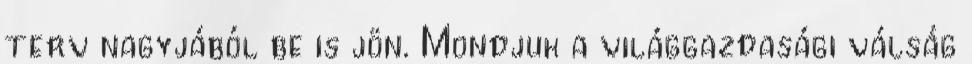
terv nagyjából be is jön. Mondjuk a világgazdasági válság